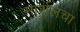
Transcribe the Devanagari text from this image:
मार्शलचा